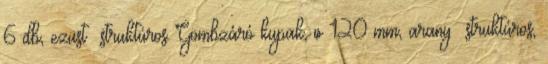
6 db, ezüst struktúros Gömbzáró kupak, ø 120 mm, arany struktúros,